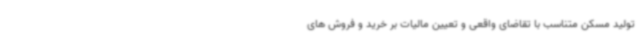
تولید مسکن متناسب با تقاضای واقعی و تعیین مالیات بر خرید و فروش های